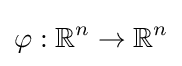
\varphi :\mathbb {R} ^{n}\to \mathbb {R} ^{n}